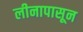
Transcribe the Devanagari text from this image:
लीनापासून